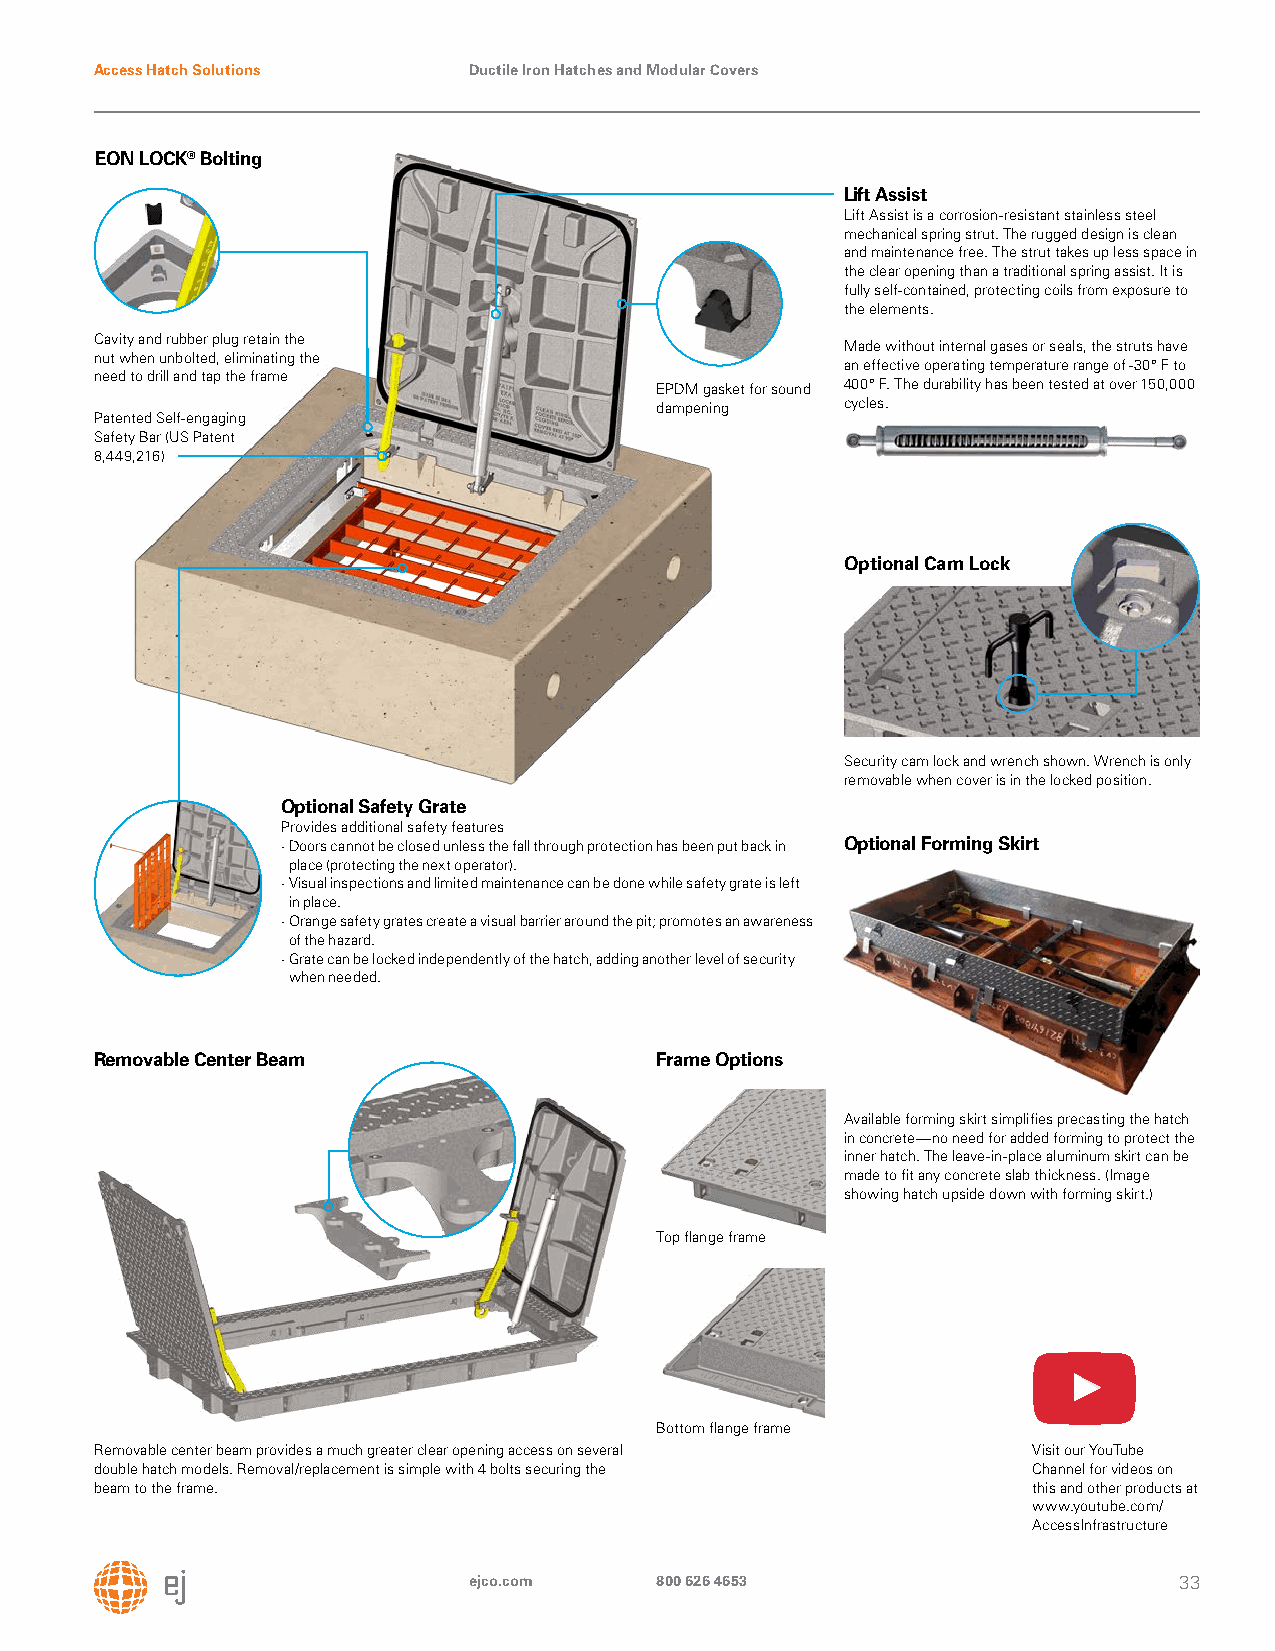
Access Hatch Solutions   Ductile Iron Hatches and Modular Covers
 EON LOCK® Bolting
 Lift Assist
 Lift Assist is a corrosion-resistant stainless steel
 mechanical spring strut. The rugged design is clean
 and maintenance free. The strut takes up less space in
 the clear opening than a traditional spring assist. It is
 fully self-contained, protecting coils from exposure to
 the elements.
 Cavity and rubber plug retain the
 Made without internal gases or seals, the struts have
 nut when unbolted, eliminating the
 an effective operating temperature range of -30° F to
 need to drill and tap the frame
 EPDM gasket for sound 400° F. The durability has been tested at over 150,000
 dampening    cycles.
 Patented Self-engaging
 Safety Bar (US Patent
 8,449,216)
 Optional Cam Lock
 Security cam lock and wrench shown. Wrench is only
 removable when cover is in the locked position.
 Optional Safety Grate
 Provides additional safety features
 · Doors cannot be closed unless the fall through protection has been put back in Optional Forming Skirt
 place (protecting the next operator).
 · Visual inspections and limited main tenance can be done while safety grate is left
 in place.
 · Orange safety grates create a visual barrier around the pit; promotes an awareness
 of the hazard.
 · Grate can be locked independently of the hatch, adding another level of security
 when needed.
 Removable Center Beam                Frame Options
 Available forming skirt simplifies precasting the hatch
 in concrete—no need for added forming to protect the
 inner hatch. The leave-in-place aluminum skirt can be
 made to fit any concrete slab thickness. (Image
 showing hatch upside down with forming skirt.)
 Top flange frame
 Bottom flange frame
 Removable center beam provides a much greater clear opening access on several Visit our YouTube
 double hatch models. Removal/replacement is simple with 4 bolts securing the Channel for videos on
 beam to the frame.                                            this and other products at
 www.youtube.com/
 AccessInfrastructure
 ejco.com    800 626 4653                       33